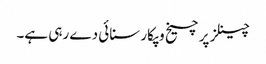
چینلز پر چیخ وپکار سنائی دے رہی ہے۔